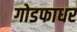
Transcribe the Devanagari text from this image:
गोडफाधर